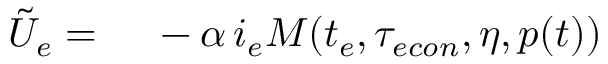
\begin{array} { r l } { \tilde { U } _ { e } = } & { { } \ - \alpha \, i _ { e } M ( t _ { e } , { \tau _ { e c o n } } , \eta , p ( t ) ) } \end{array}